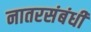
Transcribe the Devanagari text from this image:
नातरसंबंधी